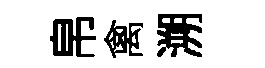
帛禽溯